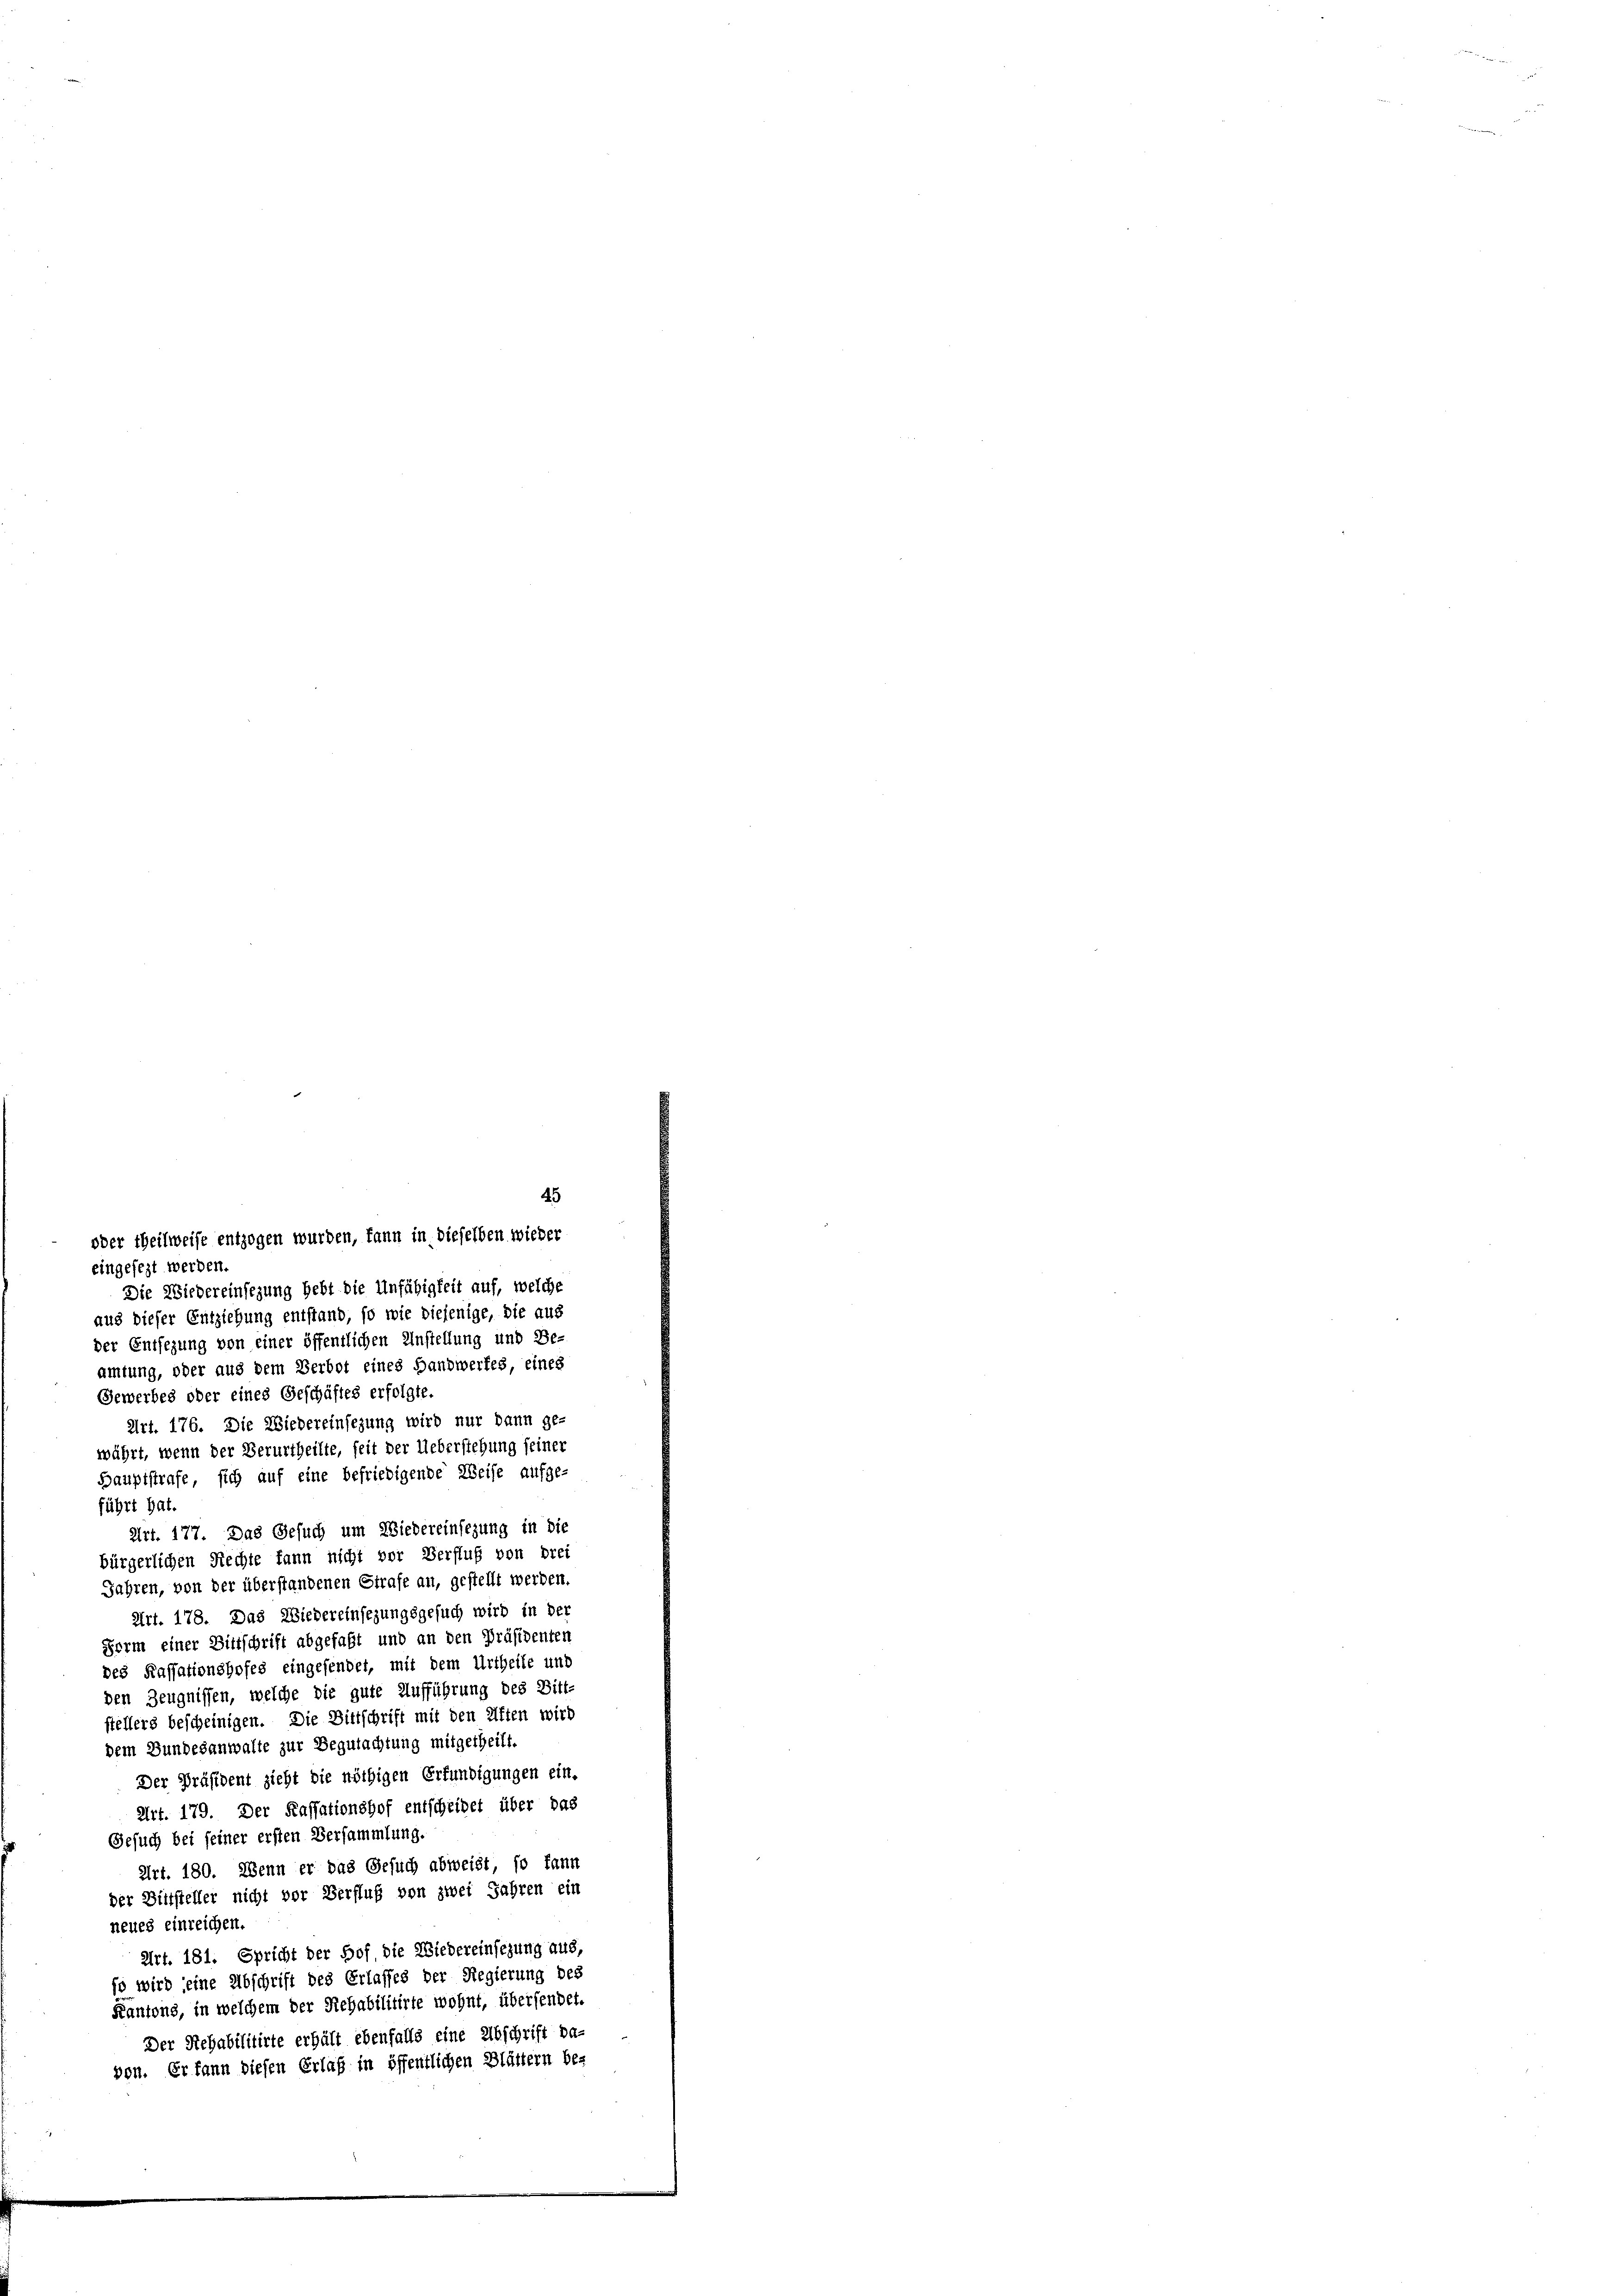
45
oder theilweise entzogen wurden, kann in dieselben wieder

eingefegt werden.
Die Wiedereinsezung hebt die Unfähigkeit auf, welche
aus dieser Entziehung entstand, so wie diejenige, die aus
der Entfegung von einer öffentlichen Anstellung und Be-
amtung, oder aus dem Verbot eines Handwerkes, eines
Gewerbes oder eines Geschäftes erfolgte.
Art. 176. Die Wiedereinsezung wird nur dann ge-
währt, wenn der Verurtheilte, seit der Ueberstehung seiner
Hauptstrafe, sich auf eine befriedigende Weise aufge-
führt hat.
Art. 177. Das Gesuch um Wiedereinsezung in die
bürgerlichen Rechte fann nicht vor Verfluß von drei
Jahren, von der überstandenen Strafe an, gestellt werden.
Art. 178. Das Wiedereinsezungsgesuch wird in der
Form einer Bittschrift abgefaßt und an den Präsidenten
des Kassationshofes eingefendet, mit dem Urtheile und
den Zeugnissen, welche die gute Aufführung des Bitt-
stellers bescheinigen. Die Bittschrift mit den Aften wird
dem Bundesanwalte zur Begutachtung mitgetheilt.
Der Präsident zieht die nöthigen Erfündigungen ein-
Art. 179. Der Kassationshof entscheidet über das
Gesuch bei seiner ersten Versammlung.
Art. 180. Wenn er das Gesuch abweist, so kann
der Bittsteller nicht vor Verfluß von zwei Jahren ein
neues einreichen.
Art. 181. Spricht der Hof, die Wiedereinsezung aus,
so wird seine Abschrift des Erlasses der Regierung des
Kantons, in welchem der Rehabilitirte wohnt, übersendet.
Der Rehabilitirte erhält ebenfalls eine Abschrift da-
pon. Er kann diesen Erlaß in öffentlichen Blättern be-